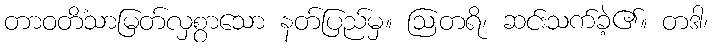
တာဝတိံသာမြတ်လှစွာသော နတ်ပြည်မှ။ ဩတရိ၊ ဆင်းသက်ခဲ့၏။ တဒါ၊